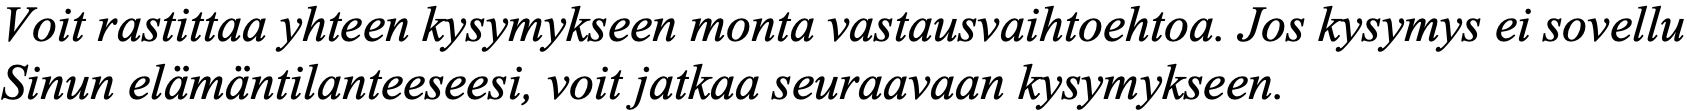
Voit rastittaa yhteen kysymykseen monta vastausvaihtoehtoa. Jos kysymys ei sovellu Sinun elämäntilanteeseesi, voit jatkaa seuraavaan kysymykseen.